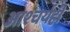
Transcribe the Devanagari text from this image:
आश्चर्यही